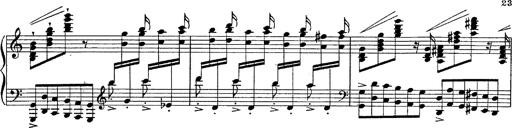
Title: Fantasie Ã¼ber Themen aus Mozarts Figaro und Don Giovanni
Composer: Franz Liszt